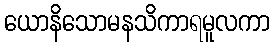
ယောနိသောမနသိကာရမူလကာ